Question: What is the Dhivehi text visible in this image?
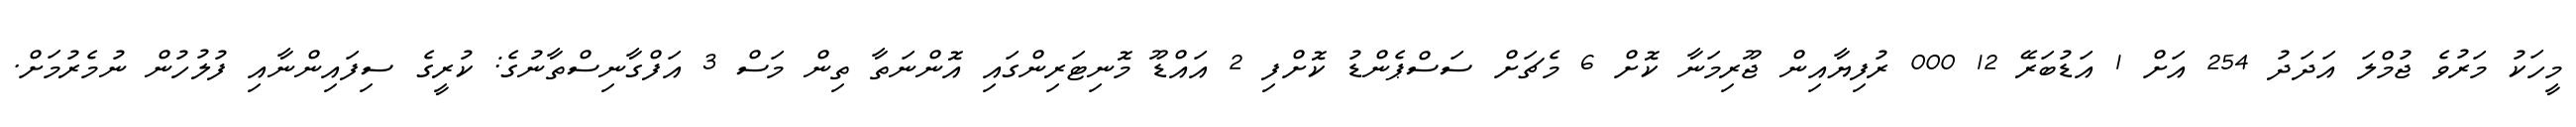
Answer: މީހަކު މަރުވެ ޖުމްލަ އަދަދު 254 އަށް 1 އަޑުބަރޭ 12 000 ރުފިޔާއިން ޖޫރިމަނާ ކޮށް 6 މެޗަށް ސަސްޕެންޑު ކޮށްފި 2 އައްޑޫ މޮނިޓަރިންގައި އޮންނަތާ ތިން މަސް 3 އަފްގާނިސްތާނުގެ: ކުރީގެ ސިފައިންނާއި ފުލުހުން ނުމެރުމަށް.